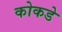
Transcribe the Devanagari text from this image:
कोकडे